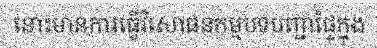
នោះមានការធ្វើវិសោធនកម្មបទបញ្ជាផ្ទៃក្នុង